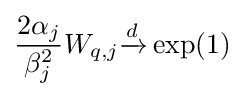
{\frac {2\alpha _{j}}{\beta _{j}^{2}}}W_{q,j}{\xrightarrow {d}}\exp(1)